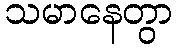
သမာနေတွာ